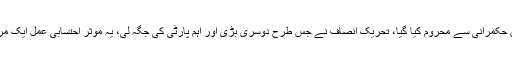
پیپلزپارٹی کو جس طرح حق حکمرانی سے محروم کیا گیا، تحریک انصاف نے جس طرح دوسری بڑی اور اہم پارٹی کی جگہ لی، یہ موثر احتسابی عمل ایک مرتبہ پھر 2018ء میں ہو گا۔